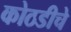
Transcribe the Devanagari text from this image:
कोठडीचे